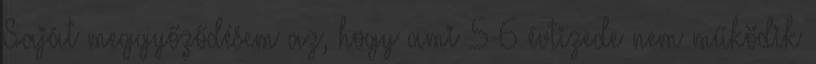
Saját meggyőződésem az, hogy ami 5-6 évtizede nem működik